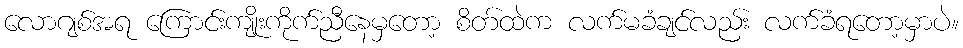
လောဂျစ်အရ ကြောင်းကျိုးကိုက်ညီနေမှတော့ စိတ်ထဲက လက်မခံချင်လည်း လက်ခံရတော့မှာပဲ။